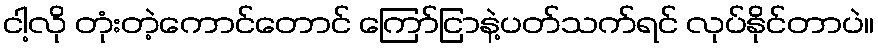
ငါ့လို တုံးတဲ့ကောင်တောင် ကြော်ငြာနဲ့ပတ်သက်ရင် လုပ်နိုင်တာပဲ။